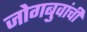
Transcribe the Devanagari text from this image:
जोगबुवांची